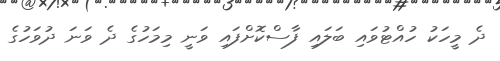
ދެ މީހަކު ހުއްޓުވައި ބަލައި ފާސްކޮށްފައި ވަނީ މިމަހުގެ ދެ ވަނަ ދުވަހުގެ